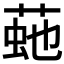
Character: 𦴍